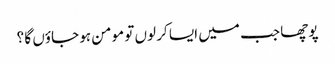
پوچھا جب میں ایسا کر لوں تو مومن ہو جاؤں گا ؟